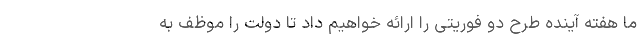
ما هفته آینده طرح دو فوریتی را ارائه خواهیم داد تا دولت را موظف به